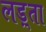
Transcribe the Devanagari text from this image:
लड़्ता